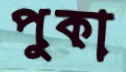
পুকা